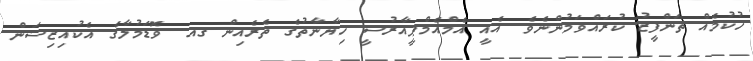
ހުކުމެއް ތަންފީޒު ކުރައްވަމުންނެވެ. އެއީ އެމްއެމްޕީއާރުސީ ހިޔާނާތުގެ ތެރެއިން ގއ. ވޮޑަމުލާގެ އެކުއިޒިޝަން